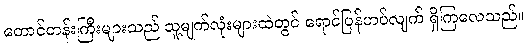
တောင်တန်းကြီးများသည် သူ့မျက်လုံးများထဲတွင် ရောင်ပြန်ဟပ်လျက် ရှိကြလေသည်။